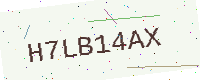
Text: H7LB14AX